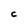
Character: C